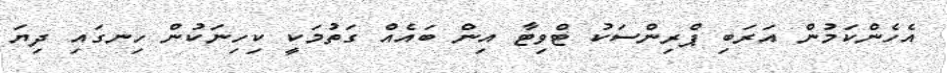
އެހެންކަމުން އަރަބި ޕްރިންސަކު ޓްވިޓާ އިން ބައެއް ގަތުމަކީ ކިހިނަކުން ހިނގައި ދިޔަ